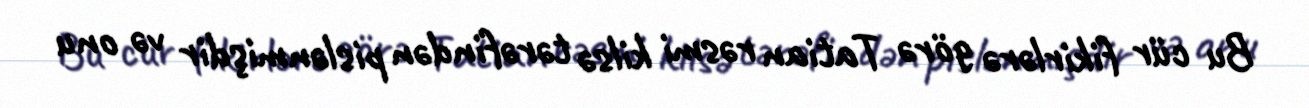
Bu cür fikirlərə görə Tatian rəsmi kilsə tərəfindən pislənmişdir və onu